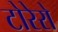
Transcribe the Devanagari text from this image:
टोरेरो